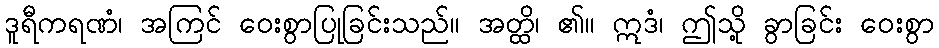
ဒူရီကရဏံ၊ အကြင် ဝေးစွာပြုခြင်းသည်။ အတ္ထိ၊ ၏။ ဣဒံ၊ ဤသို့ ခွာခြင်း ဝေးစွာ